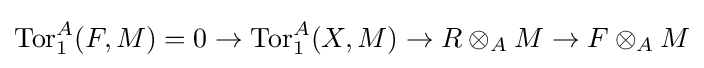
\operatorname {Tor} _{1}^{A}(F,M)=0\to \operatorname {Tor} _{1}^{A}(X,M)\to R\otimes _{A}M\to F\otimes _{A}M